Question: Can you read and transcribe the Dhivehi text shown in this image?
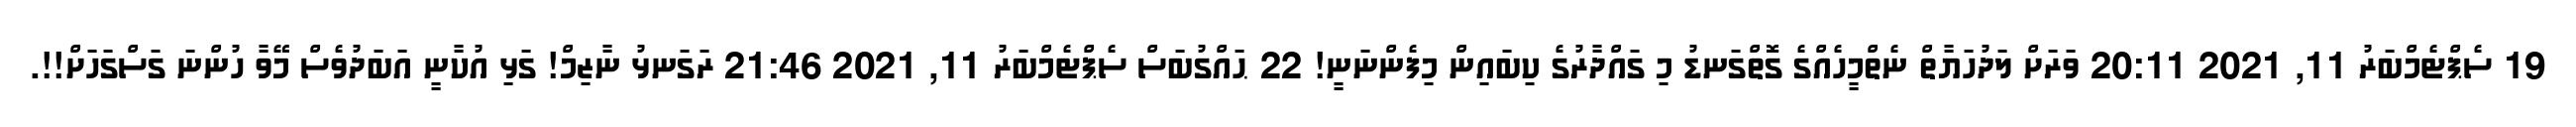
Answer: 19 ސެޕްޓެމްބަރު 11, 2021 20:11 ވަރަށް ލަދުހަޔާތް ނެތްމީހެއްގެ ގޮތްގަނޑު މި ގައްދާރުގެ ކިބައިން މިފެންނަނީ! 22 ޙައްގުބަސް ސެޕްޓެމްބަރު 11, 2021 21:46 ރަގަނޅު ނާޒިމް! ގަޅި އުކާނީ އަބަދުވެސް މޭވާ ހުންނަ ގަސްގަހަށް!!.